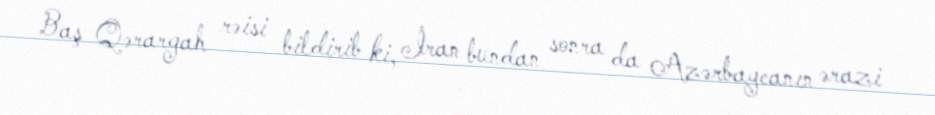
Baş Qərargah rəisi bildirib ki, İran bundan sonra da Azərbaycanın ərazi